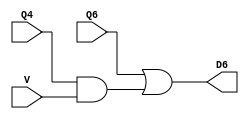
module Location6(input Q4, Q6, V, output D6);

    assign D6 = Q6 | (Q4 & V);

endmodule